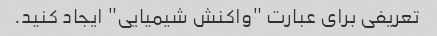
تعریفی برای عبارت "واکنش شیمیایی" ایجاد کنید.